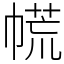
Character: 㡛